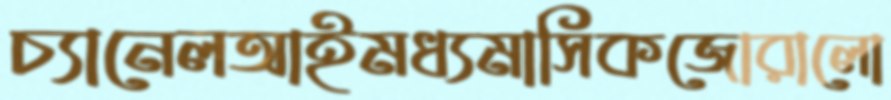
চ্যানেলআইমধ্যমাসিকজোরালো